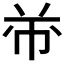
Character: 𱜣